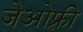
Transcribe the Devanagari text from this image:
जेओफ़्री